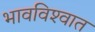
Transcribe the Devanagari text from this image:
भावविश्‍वात